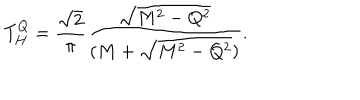
LaTeX: T _ { H } ^ { Q } = { \frac { \sqrt 2 } { \pi } } { \frac { \sqrt { M ^ { 2 } - Q ^ { 2 } } } { ( M + \sqrt { M ^ { 2 } - Q ^ { 2 } } ) } } .